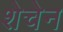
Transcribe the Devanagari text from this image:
शेचेन